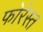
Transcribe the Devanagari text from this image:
फोरेस्त